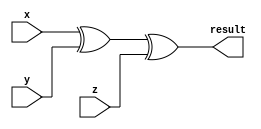
module parity_generator(

input x,y,z,

output result);

xor (result,x,y,z);  
endmodule